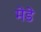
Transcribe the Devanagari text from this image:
मेडे